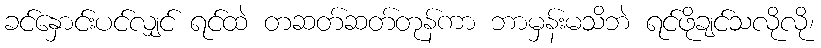
ခင်နှောင်းပင်လျှင် ရင်ထဲ တဆတ်ဆတ်တုန်ကာ ဘာမှန်းမသိဘဲ ရင်ဖိုချင်သလိုလို၊